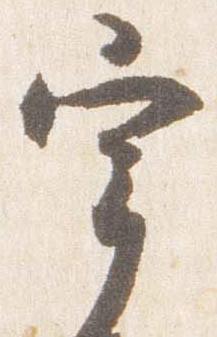
宰